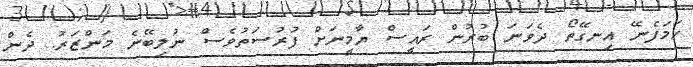
ހަމަފެނޭ އިނގޭތޯ ދެވަނަ ބުރުން ރައީސް ޔާމީނަށް ފުރުސަތުވެސް ނުލިބޭނެ މަންޒަރު. ދެން